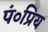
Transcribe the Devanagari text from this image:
पं०प्रिय